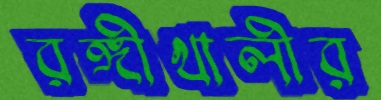
রঙ্গীখালীর